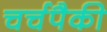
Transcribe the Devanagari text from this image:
चर्चपैकी